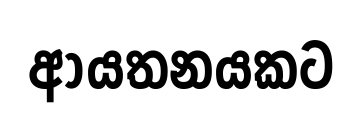
ආයතනයකට